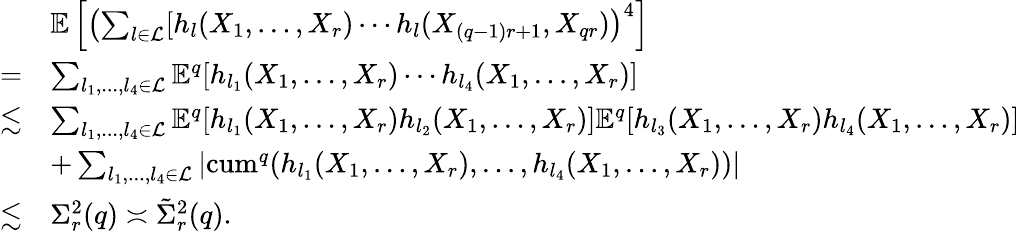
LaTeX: \begin{array}{rl}&{\mathbb{E}\left[\left(\sum_{l\in\mathcal{L}}[h_{l}(X_{1},\ldots,X_{r})\cdots h_{l}(X_{(q-1)r+1},X_{qr})\right)^{4}\right]}\\ {=}&{\sum_{l_{1},...,l_{4}\in\mathcal{L}}\mathbb{E}^{q}[h_{l_{1}}(X_{1},\ldots,X_{r})\cdots h_{l_{4}}(X_{1},\ldots,X_{r})]}\\ {\lesssim}&{\sum_{l_{1},...,l_{4}\in\mathcal{L}}\mathbb{E}^{q}[h_{l_{1}}(X_{1},\ldots,X_{r})h_{l_{2}}(X_{1},\ldots,X_{r})]\mathbb{E}^{q}[h_{l_{3}}(X_{1},\ldots,X_{r})h_{l_{4}}(X_{1},\ldots,X_{r})]}\\ &{+\sum_{l_{1},...,l_{4}\in\mathcal{L}}|{\mathrm{cum}}^{q}(h_{l_{1}}(X_{1},\ldots,X_{r}),\ldots,h_{l_{4}}(X_{1},\ldots,X_{r}))|}\\ {\lesssim}&{\Sigma_{r}^{2}(q)\asymp\tilde{\Sigma}_{r}^{2}(q).}\end{array}